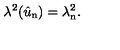
\lambda ^ { 2 } ( \hat { u } _ { \mathrm { n } } ) = \lambda _ { \mathrm { n } } ^ { 2 } .